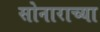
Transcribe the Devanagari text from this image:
सोनाराच्या